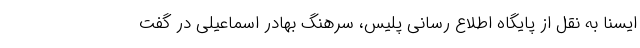
ایسنا به نقل از پایگاه اطلاع رسانی پلیس، سرهنگ بهادر اسماعیلی در گفت